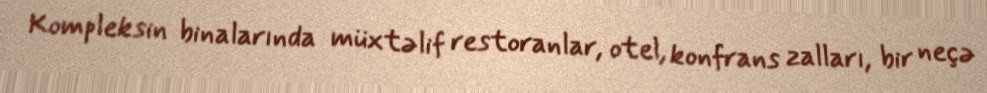
Kompleksin binalarında müxtəlif restoranlar, otel, konfrans zalları, bir neçə